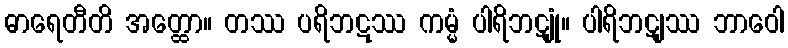
ဓာရေတီတိ အတ္ထော။ တဿ ပရိဘဋဿ ကမ္မံ ပါရိဘဋျုံ။ ပါရိဘဋျဿ ဘာဝေါ